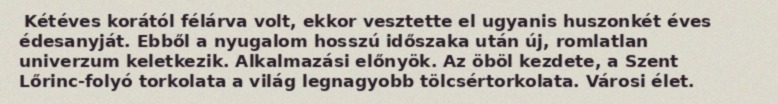
Kétéves korától félárva volt, ekkor vesztette el ugyanis huszonkét éves édesanyját. Ebből a nyugalom hosszú időszaka után új, romlatlan univerzum keletkezik. Alkalmazási előnyök. Az öböl kezdete, a Szent Lőrinc-folyó torkolata a világ legnagyobb tölcsértorkolata. Városi élet.